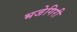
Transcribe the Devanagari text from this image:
भजेगिरी